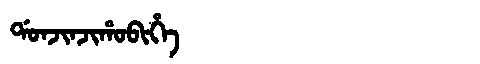
Manchu: ᡩᠣᠨᠵᡳᠨᠵᡳᡥᠣᠪᡳᡥᡝ
Romanization: DONJINJIHOBIHE